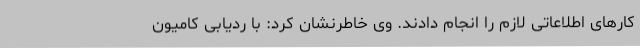
کارهای اطلاعاتی لازم را انجام دادند. وی خاطرنشان کرد: با ردیابی کامیون